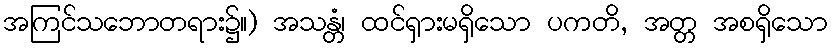
အကြင်သဘောတရား၌။) အသန္တံ၊ ထင်ရှားမရှိသော ပကတိ, အတ္တ အစရှိသော